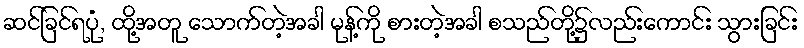
ဆင်ခြင်ရပုံ, ထို့အတူ သောက်တဲ့အခါ မုန့်ကို စားတဲ့အခါ စသည်တို့၌လည်းကောင်း သွားခြင်း